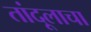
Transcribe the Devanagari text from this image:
तांदूलाचा